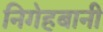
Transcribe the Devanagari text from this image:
निगेहबानी